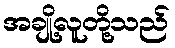
အချို့လူတို့သည်